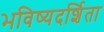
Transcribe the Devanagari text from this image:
भविष्यदर्शिता